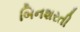
બિનશરતી